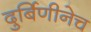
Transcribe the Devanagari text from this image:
दुर्बिणीनेच